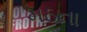
મઠના